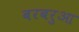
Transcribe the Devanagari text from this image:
बरबरुआ